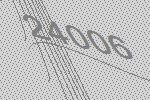
24006